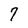
Character: 7